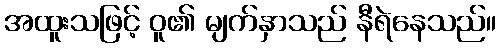
အထူးသဖြင့် ဝူ၏ မျက်နှာသည် နီရဲနေသည်။